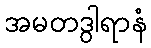
အမတဒွါရာနံ